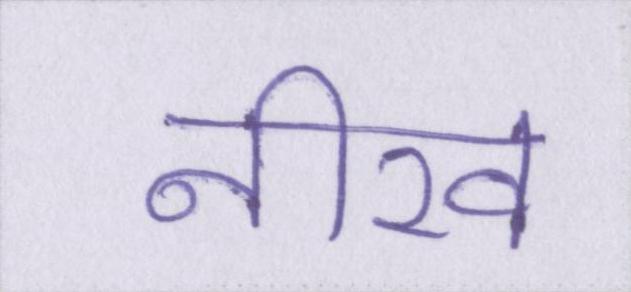
नीरव